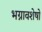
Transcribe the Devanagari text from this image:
भग्नावशेषो